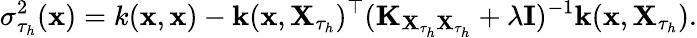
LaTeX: \sigma_{\tau_{h}}^{2}(\mathbf{x})=k(\mathbf{x},\mathbf{x})-\mathbf{k}(\mathbf{x},\mathbf{X}_{\tau_{h}})^{\top}(\mathbf{K}_{\mathbf{X}_{\tau_{h}}\mathbf{X}_{\tau_{h}}}+\lambda\mathbf{I})^{-1}\mathbf{k}(\mathbf{x},\mathbf{X}_{\tau_{h}}).